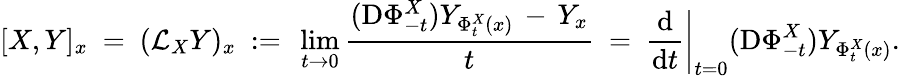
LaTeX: [X,Y]_{x}\ =\ ({\mathcal{L}}_{X}Y)_{x}\ :=\ \operatorname*{lim}_{t\to 0}{\frac{(\mathrm{D}\Phi_{-t}^{X})Y_{\Phi_{t}^{X}(x)}\, -\, Y_{x}}{t}}\ =\ \left.{\frac{\mathrm{d}}{\mathrm{d}t}}\right|_{t=0}(\mathrm{D}\Phi_{-t}^{X})Y_{\Phi_{t}^{X}(x)}.